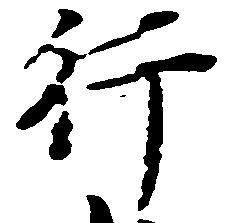
行